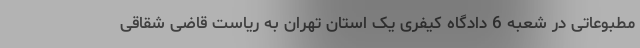
مطبوعاتی در شعبه 6 دادگاه کیفری یک استان تهران به ریاست قاضی شقاقی